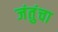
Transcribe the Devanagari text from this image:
जंतुंचा